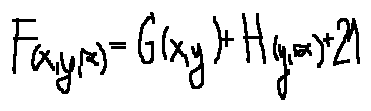
F ( x , y , z ) = G ( x , y ) + H ( y , z ) + 2 1